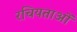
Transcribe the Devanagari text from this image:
रचियताओं